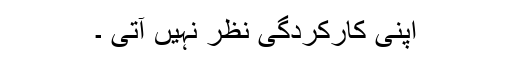
اپنی کارکردگی نظر نہیں آتی ۔